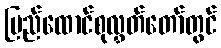
ပြည်ထောင်စုလွှတ်တော်တွင်